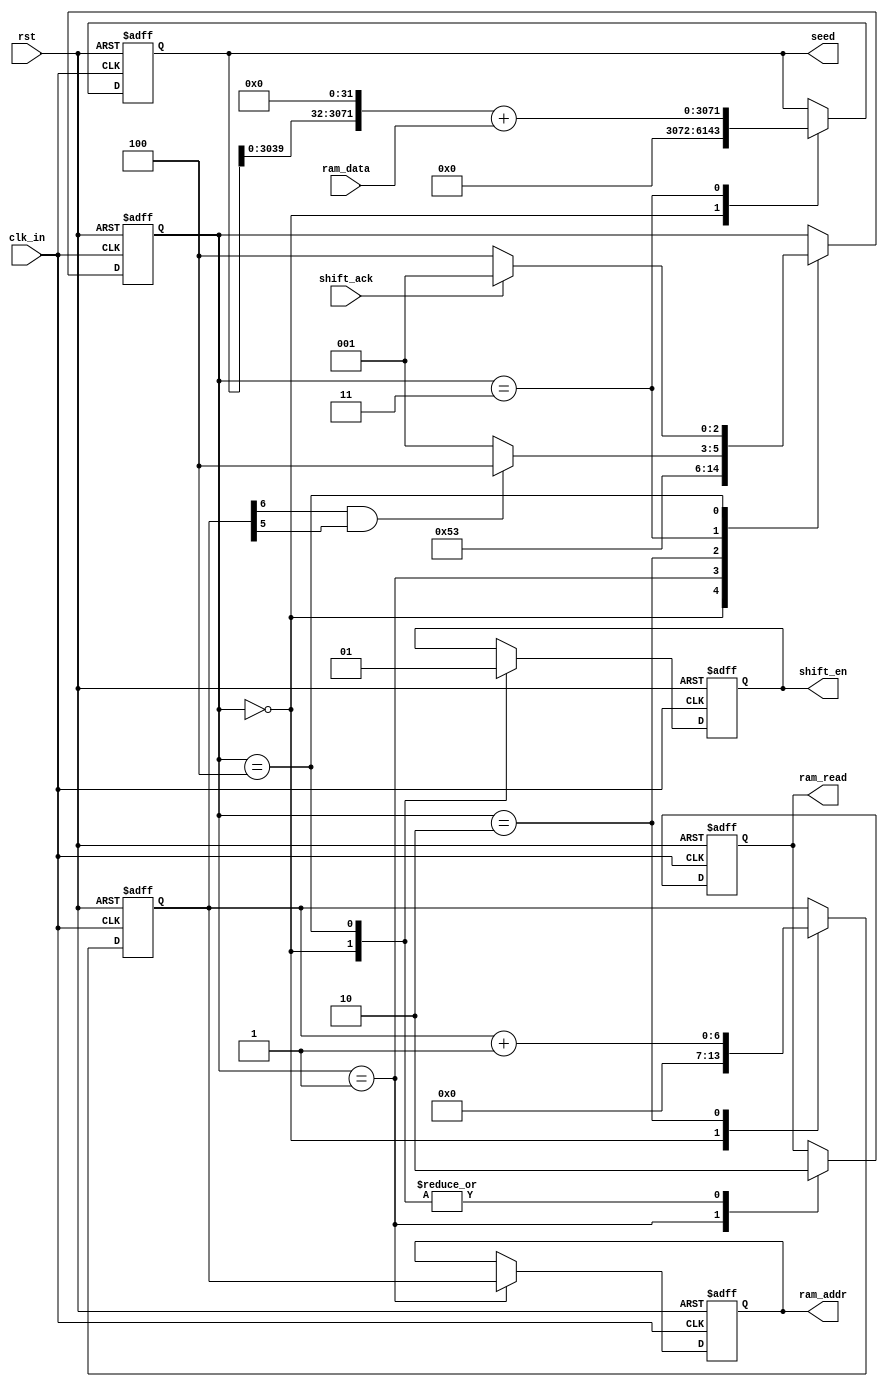
`timescale 1ns / 1ps
//////////////////////////////////////////////////////////////////////////////////
// Company: 
// Engineer: 
// 
// Design Name: 
// Module Name: ram_read
// Project Name: 
// Target Devices: 
// Tool Versions: 
// Description: 
// 
// Dependencies: 
// 
// Revision:
// Revision 0.01 - File Created
// Additional Comments:
// 
//////////////////////////////////////////////////////////////////////////////////


module ram_read(
	input clk_in,
	input rst,
	input shift_ack,
	input [31:0] ram_data,
	output [6:0] ram_addr,
	output ram_read,
	output [3071:0] seed,
	output shift_en
    );
	
	reg [6:0] counter;
	reg [6:0] ram_addr_out;
	assign ram_addr = ram_addr_out;
	reg ram_read_out;
	assign ram_read = ram_read_out;
	reg shift_en_out;
	assign shift_en = shift_en_out;
	reg [3071:0] seed_out;
	assign seed = seed_out;
	reg [2:0] state;
	wire flag;
	assign flag = counter[6]&counter[5];
	parameter IDLE = 3'b000;
	parameter PRE = 3'b001;
	parameter PLUS = 3'b010;
	parameter GET = 3'b011;
	parameter WAIT = 3'b100;
	
	initial
		begin	
			counter = 7'b0;
			ram_read_out = 0;
			shift_en_out = 0;
			seed_out = 3072'b0;
			ram_addr_out = 7'b0;
			state = IDLE;
		end 
	
	always@(posedge clk_in or posedge rst)
		begin
			if(rst)
				begin
					counter <= 7'b0;
					ram_read_out <= 0;
					shift_en_out <= 0;
					seed_out <= 3072'b0;
					ram_addr_out <= 7'b0;
					state <= IDLE;
				end
			else
				begin
					case(state)
						IDLE:
							begin
								counter <= 7'b0;
								ram_read_out <= 0;
								seed_out <= 3072'b0;
								shift_en_out <= 0;
								state <= PRE;
							end
						PRE:
							begin
								ram_addr_out <= counter;
								ram_read_out <= 1;
								state <= PLUS;
							end
						PLUS:
							begin
								counter <= counter + 1;
								state <= GET;
							end
						GET:
							begin
								seed_out <= (seed_out<<32) + ram_data;
								if(flag)
									begin
										state <= WAIT;
									end
								else
									begin
										state <= PRE;
									end
							end
						WAIT:
							begin
								shift_en_out <= 1;
								ram_read_out <= 0;
								if(shift_ack)
									state <= PRE;
								else 
									state <= WAIT;
							end
					endcase
				end
		end
	
endmodule